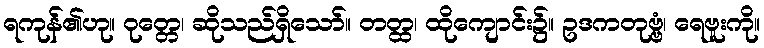
ရကုန်၏ဟု။ ဝုတ္တေ၊ ဆိုသည်ရှိသော်။ တတ္ထ၊ ထိုကျောင်း၌။ ဥဒကတုဗ္ဗံ၊ ရေဗူးကို။